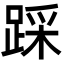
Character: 踩